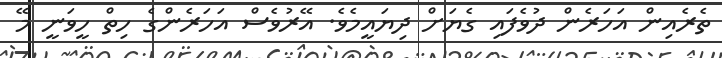
ތެރެއިން އަހަރެން ދުވެފައި ގެޔަށް ދިޔައީމެވެ. އޭރުވެސް އަހަރެންގެ ހިތް ހީވަނީ މޭ